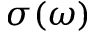
\sigma ( \omega )